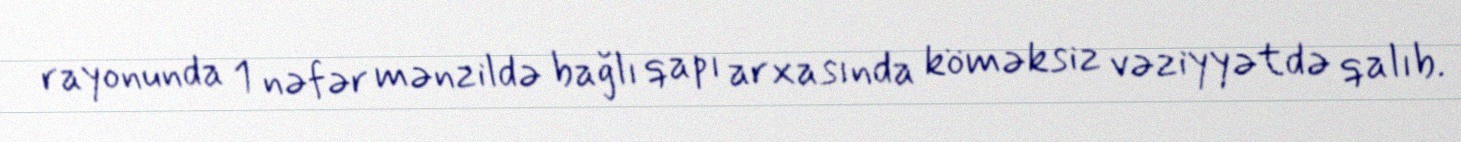
rayonunda 1 nəfər mənzildə bağlı qapı arxasında köməksiz vəziyyətdə qalıb.